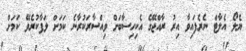
ޔެލޯ އެލާޓް ނެރެފައިވާ އިރު ރާއްޖޭގެ އެކިހިސާބަށް ވިއްސާރަކުރާނެ ކަމަށް ލަފާކުރެވޭ ކަމަށް